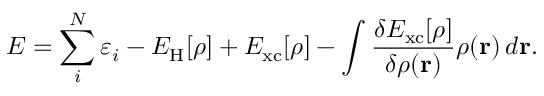
E = \sum _ { i } ^ { N } \varepsilon _ { i } - E _ { \mathrm { H } } [ \rho ] + E _ { \mathrm { x c } } [ \rho ] - \int { \frac { \delta E _ { \mathrm { x c } } [ \rho ] } { \delta \rho ( \mathbf { r } ) } } \rho ( \mathbf { r } ) \, d \mathbf { r } .